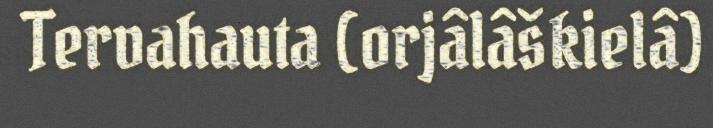
Tervahauta (orjâlâškielâ)